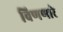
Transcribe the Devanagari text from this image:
विणणारे